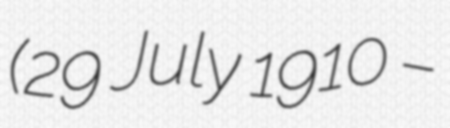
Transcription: (29 July 1910 –